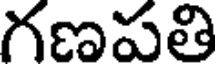
గణపతి